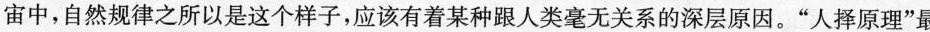
宙中，自然规律之所以是这个样子，应该有着某种跟人类毫无关系的深层原因。”人择原理”最